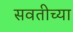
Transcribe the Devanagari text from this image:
सवतीच्या